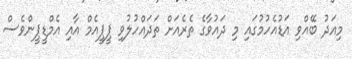
މިއަދު ބޭއްވި އަޑުއެހުމުގައި މި ދައުވާގެ ތެރެއަށް ތަދައްހުލުވި ޕީޕީއެމް އާއި އެމްޑީޕީންވެސް